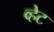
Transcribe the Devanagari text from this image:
व्हेट